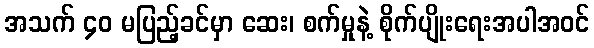
အသက် ၄၀ မပြည့်ခင်မှာ ဆေး၊ စက်မှုနဲ့ စိုက်ပျိုးရေးအပါအဝင်